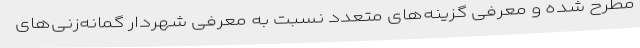
مطرح شده و معرفی گزینه‌های متعدد نسبت به معرفی شهردار گمانه‌زنی‌های